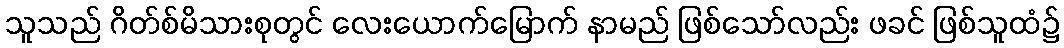
သူသည် ဂိတ်စ်မိသားစုတွင် လေးယောက်မြောက် နာမည် ဖြစ်သော်လည်း ဖခင် ဖြစ်သူထံ၌